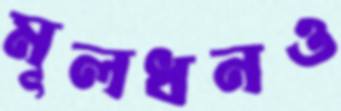
মূলধনও